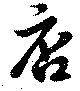
店